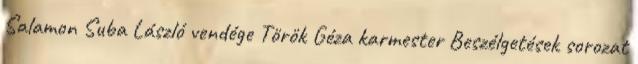
Salamon Suba László vendége Török Géza karmester Beszélgetések sorozat